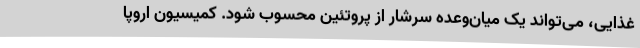
غذایی، می‌تواند یک میان‌وعده سرشار از پروتئین محسوب شود. کمیسیون اروپا